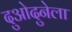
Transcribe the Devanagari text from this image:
दुओदुनेला